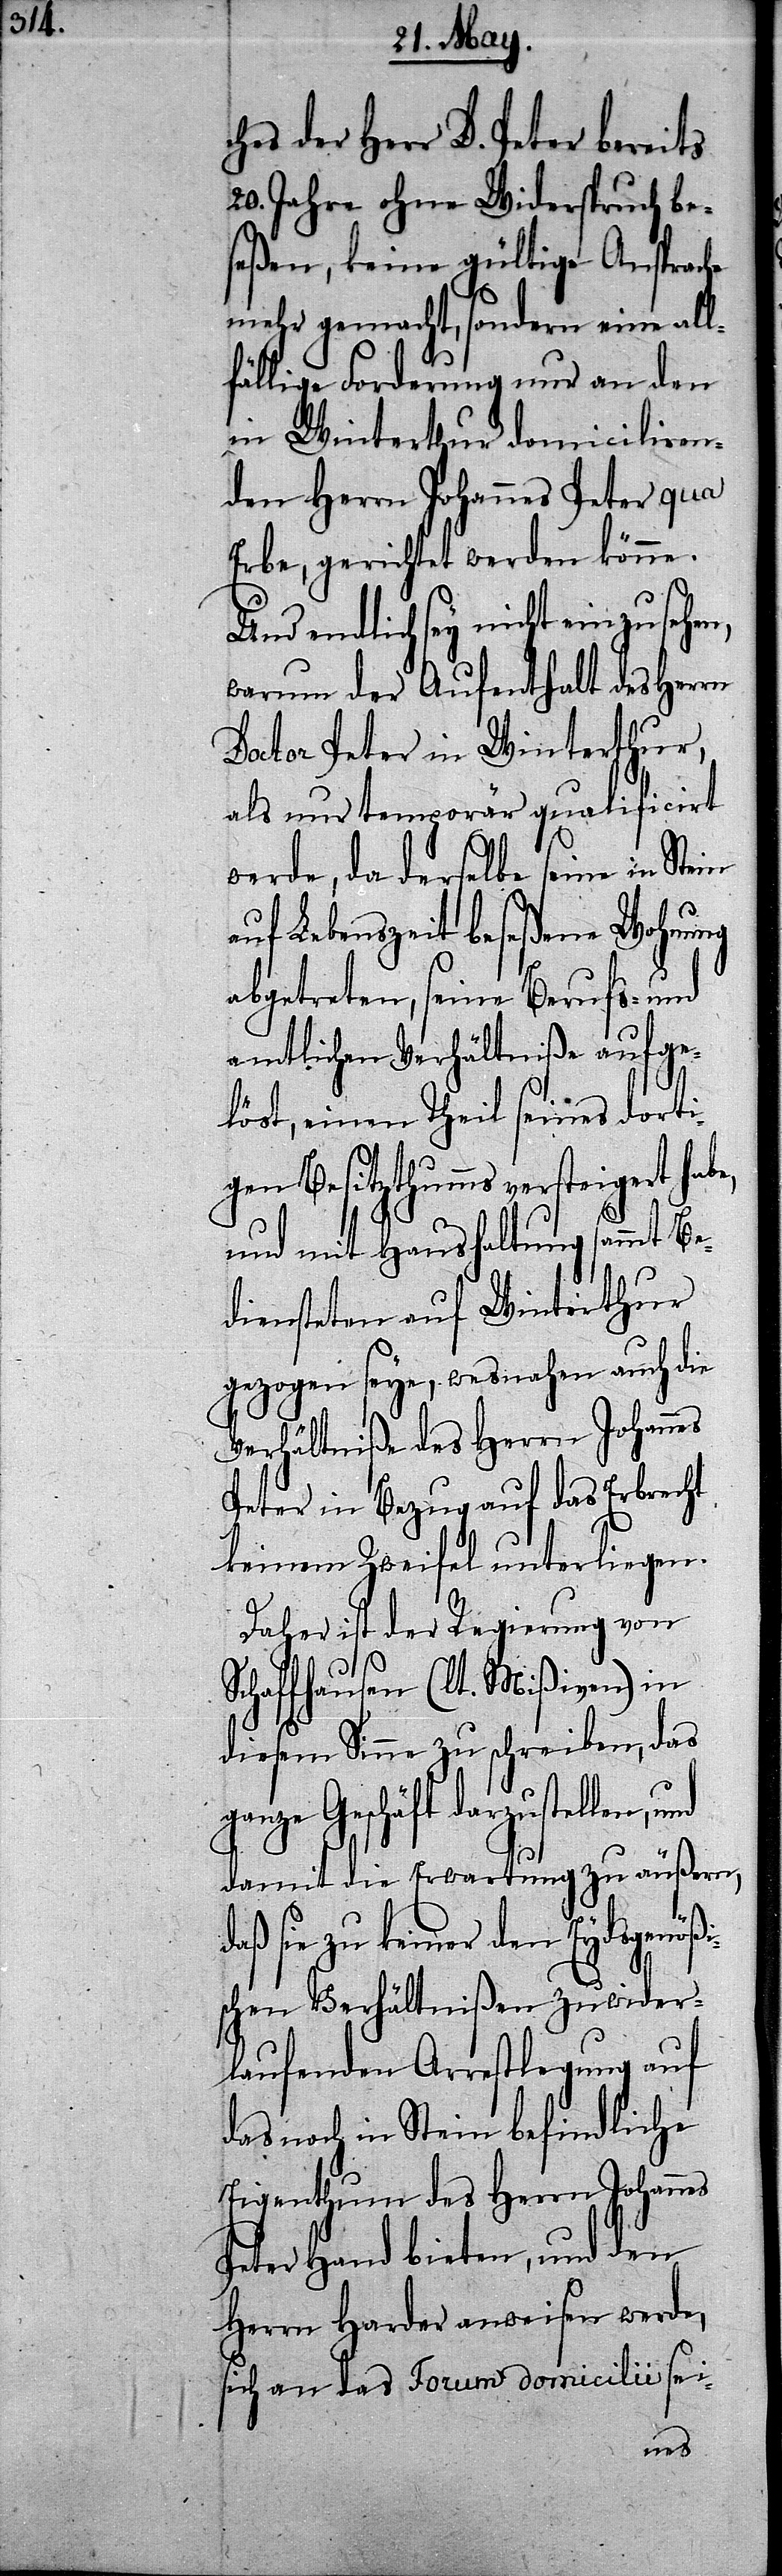
hes der Herr D. Peter bereits
20. Jahre ohne Widerspruch be¬
seßen, keine gültige Ansprac¬
mehr gemacht, sondern eine all¬
fällige Forderung nur an den
in Winterthur domicilieren¬
den Herrn Johannes Peter qua
Erbe, gerichtet werden könne.
endlich sey nicht einzusehen,
warum der Aufenthalt des Herrn
Doctor Peter in Winterthur,
als nur temporär qualificirt
werde, da derselbe seine in Stein
auf Lebenszeit beseßene Wohnung
abgetreten, seine Berufs- und
amtlichen Verhältniße aufge¬
löst, einen Theil seines dorti¬
gen Besitztumms versteigert ha¬
und mit Haushaltung sammt Be¬
diensteten auf Winterthur
gezogen seye, wesnahen auch die
Verhältniße des Herrn Johannes
Peter in Bezug auf das Erbrecht
keinem Zweifel unterliegen.
Daher ist der Regierung von
Schaffhausen (lt. Mißiven) in
diesem Sinne zu schreiben, das
ganze Geschäft darzustellen,
damit die Erwartung zu äußern,
sie zu keiner den Eydsgenö¬
der¬
schen Verhältnißen zuwi¬
laufenden Arrestlegung auf
das noch in Stein befindliche
Eigenthum des Herrn Johannes
Peter Hand bieten, und den
Herrn Harder anweisen werde,
sich an das Forum domicilii sei-